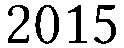
2015